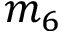
m _ { 6 }